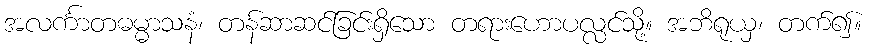
အလင်္ကာတဓမ္မာသနံ၊ တန်ဆာဆင်ခြင်းရှိသော တရားဟောပလ္လင်သို့။ အဘိရုယှ၊ တက်၍။